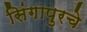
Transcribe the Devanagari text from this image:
सिंगापुरचे